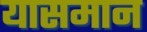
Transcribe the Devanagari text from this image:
यासमान